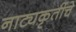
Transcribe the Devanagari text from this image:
नाट्यकृतींचे